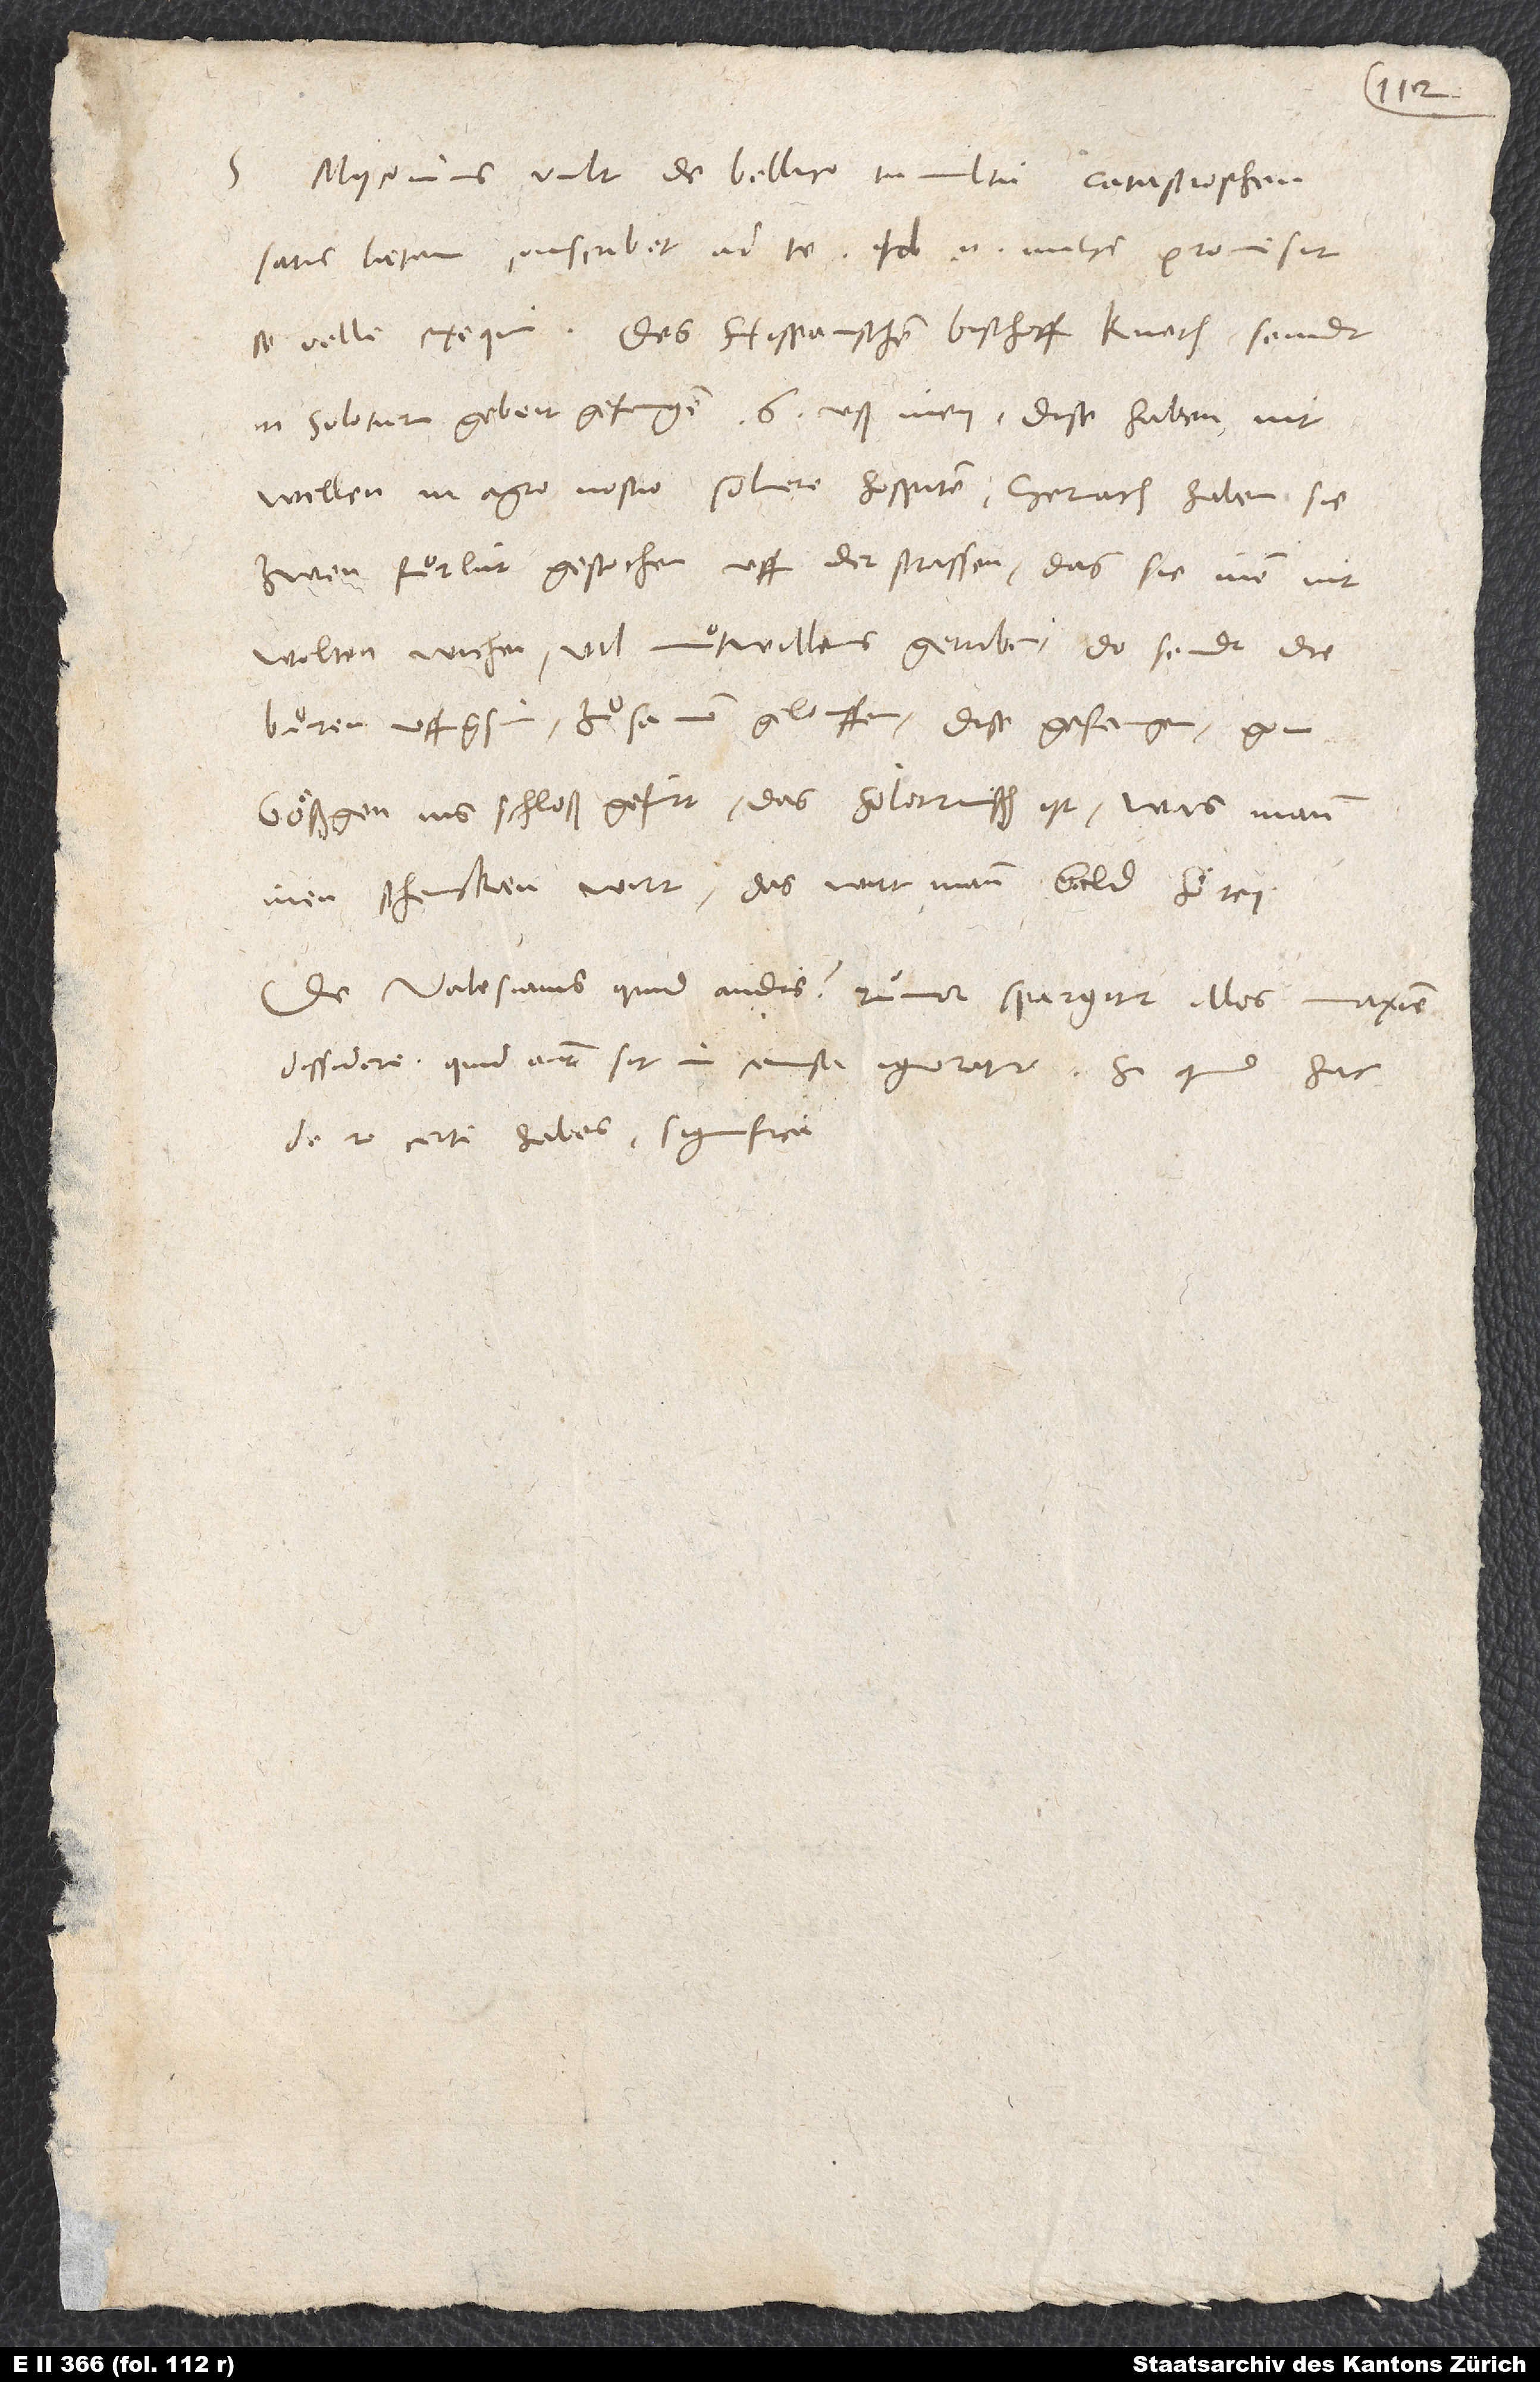
Myconius vult de bellico tumultu catastrophen
satis laetam conscribere ad te. Id enim mihi promisit
se velle exequi. Des hispanischen bischoff knecht seindt
in Soloturn gebeit gefangen, 6 uß inen. Dise haben nit
wellen in agro nostro solvere hospitem. Hernach haben sie
zwen fuͦrlüt gestochen uff der strassen, das sie inen nit
wolten wichen, vil muͦtwillens getriben. Do seindt die
buͦren uffgsin, zuͦsamen gelouffen, dise gefangen, gen
Gößgen ins schloß gefürt, das soloturnisch ist.
inen schencken wirt, das wirt man bald hören.
De Valesianis quid audis? Rumor spargitur illos maxime
dissidere; quid autem sit in causa, ignoratur. Si quid hac
de re certi habes, significa.